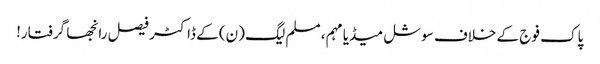
پاک فوج کے خلاف سوشل میڈیا مہم، مسلم لیگ (ن) کے ڈاکٹر فیصل رانجھا گرفتار!